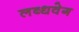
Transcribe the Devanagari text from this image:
लब्धवेग